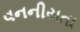
વનનીયતા